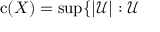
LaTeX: \mathrm { { c } } ( X ) = \operatorname* { s u p } \{ | { \mathcal { U } } | : { \mathcal { U } }